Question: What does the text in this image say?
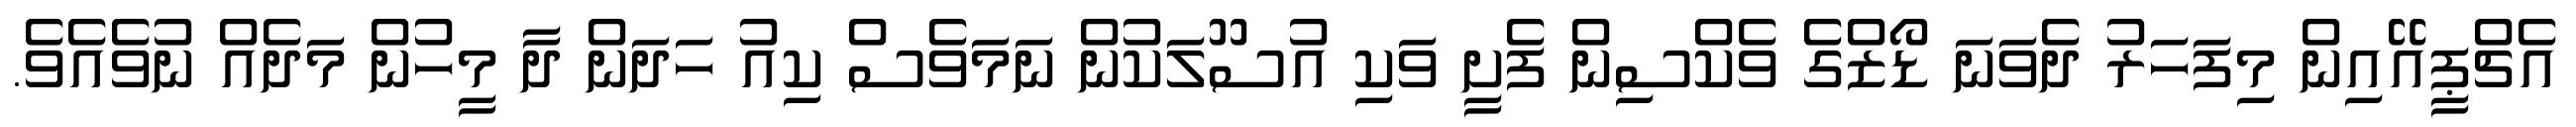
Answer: އެޗްޕީއޭއިން މިފަހަރު ދެވަނަ ޑޯޒްގެ ވެކްސިން ފެށީ ވަކި އުސޫލަކުން ނަމަވެސް ކިއު ހަދަން ދާ މީހުން މަދެއް ނުވެއެވެ.